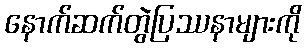
နောက်ဆက်တွဲပြဿနာများကို